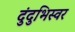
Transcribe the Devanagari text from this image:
दुंदुभिस्वर